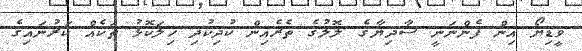
ވީޑިޔޯ އިން ފެންނަނީ ސާދިޔާގެ ލޮލުގެ ތެރެއިން ކުދިކުދި ހިލަކޮޅު ތަކެއް ކަރުނައިގެ